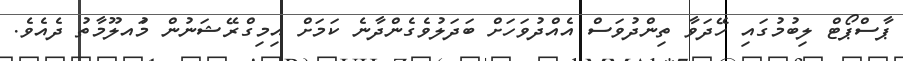
ޕާސްޕޯޓް ލިބުމުގައި ހޭދަވާ ތިންދުވަސް އެއްދުވަހަށް ބަދަލުވެގެންދާނެ ކަމަށް އިމިގްރޭޝަނުން މަުއލޫމާތު ދެއެވެ.